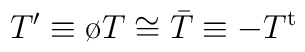
T' \equiv \o T \cong \bar T \equiv - T^{\rm t}